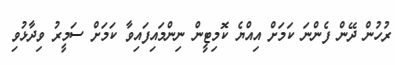
ރުހުން ދޭން ފެންނަ ކަމަށް އިއްޔެ ކޮމިޓީން ނިންމައިފައިވާ ކަމަށް ސަމީރު ވިދާޅުވި